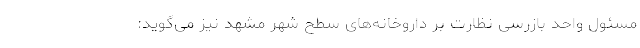
مسئول واحد بازرسی نظارت بر داروخانه‌های سطح شهر مشهد نیز می‌گوید: